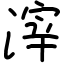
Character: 滓